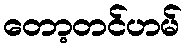
တော့တင်ဟမ်